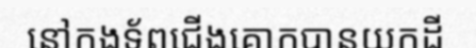
នៅកងទ័ពជើងគោកបានយកដី